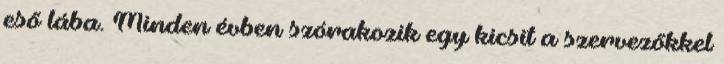
eső lába. Minden évben szórakozik egy kicsit a szervezőkkel